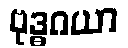
ဗုဒ္ဓဂယာ